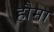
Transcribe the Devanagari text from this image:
हौमा